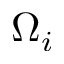
\Omega _ { i }